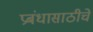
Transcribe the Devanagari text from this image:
प्रबंधासाठीचे